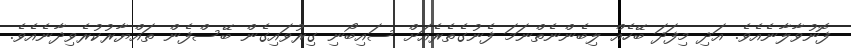
ފޮނުވާލާނެއެވެ. އަދި މިފަދަ ބޭހެއް ލިބެންނެތްނަމަ ފެނުގެތެރެއަށް ސައިބޯނި ގިރުވައިގެން ބޭސްފެން ތައްޔާރުކުރެވިދާނެއެވެ.